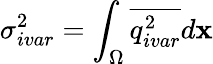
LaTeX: \sigma_{ivar}^{2}=\int_{\Omega}\overline{{q_{ivar}^{2}}}d\mathbf{x}